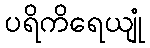
ပရိကိရေယျုံ